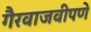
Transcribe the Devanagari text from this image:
गैरवाजवीपणे